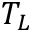
T _ { L }